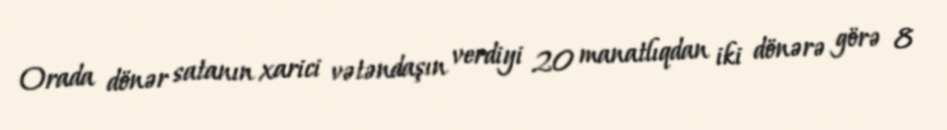
Orada dönər satanın xarici vətəndaşın verdiyi 20 manatlıqdan iki dönərə görə 8